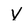
Character: V